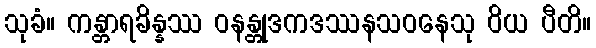
သုခံ။ ကန္တာရခိန္နဿ ဝနန္တုဒကဒဿနသဝနေသု ဝိယ ပီတိ။